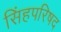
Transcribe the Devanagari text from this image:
सिंहपरिषद